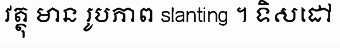
វត្ថុ មាន រូបភាព slanting ។ ទិសដៅ